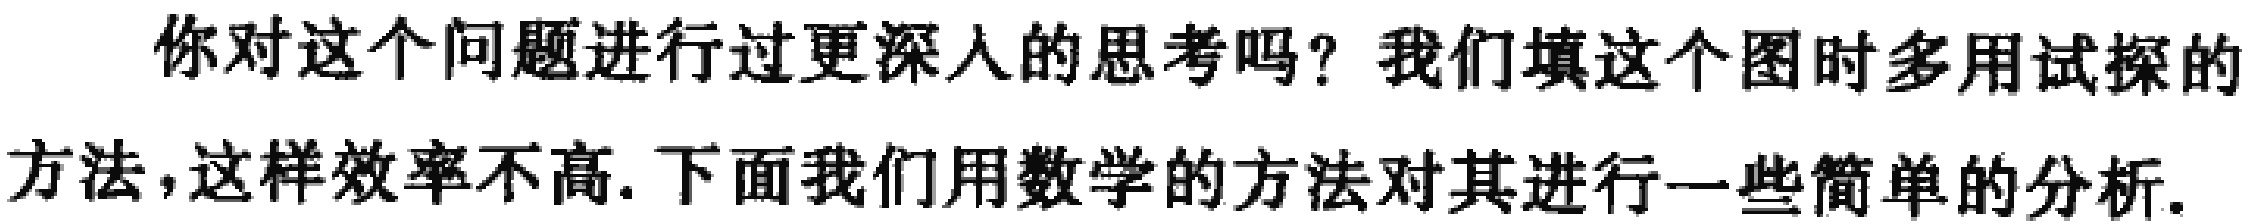
你对这个问题进行过更深入的思考吗？我们填这个图时多用试探的方法，这样效率不高. 下面我们用数学的方法对其进行一些简单的分析.